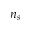
n _ { s }